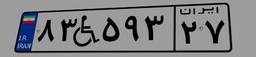
۲۸W۸۶۹۹۴